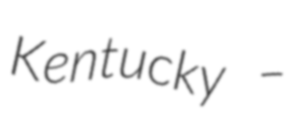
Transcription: Kentucky –